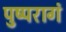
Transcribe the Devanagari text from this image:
पुष्परागं